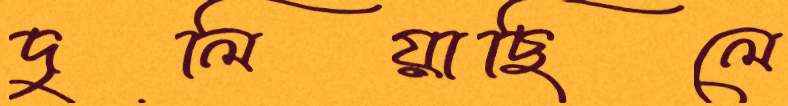
দুলিয়াছিলে